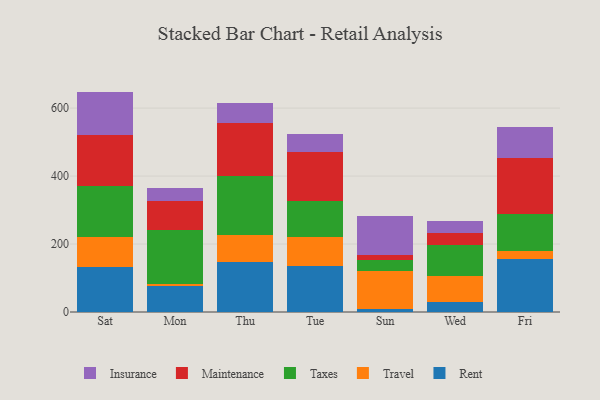
{"axis": {"x": "Day", "y": "Backlog"}, "legend": ["Insurance", "Maintenance", "Rent", "Taxes", "Travel"], "data": [{"x": "Sat", "y": 133.2, "type": "Rent"}, {"x": "Sat", "y": 88.0, "type": "Travel"}, {"x": "Sat", "y": 148.6, "type": "Taxes"}, {"x": "Sat", "y": 149.7, "type": "Maintenance"}, {"x": "Sat", "y": 129.0, "type": "Insurance"}, {"x": "Mon", "y": 76.8, "type": "Rent"}, {"x": "Mon", "y": 6.1, "type": "Travel"}, {"x": "Mon", "y": 159.7, "type": "Taxes"}, {"x": "Mon", "y": 84.2, "type": "Maintenance"}, {"x": "Mon", "y": 37.0, "type": "Insurance"}, {"x": "Thu", "y": 147.2, "type": "Rent"}, {"x": "Thu", "y": 80.0, "type": "Travel"}, {"x": "Thu", "y": 172.3, "type": "Taxes"}, {"x": "Thu", "y": 157.3, "type": "Maintenance"}, {"x": "Thu", "y": 57.6, "type": "Insurance"}, {"x": "Tue", "y": 136.0, "type": "Rent"}, {"x": "Tue", "y": 86.1, "type": "Travel"}, {"x": "Tue", "y": 103.3, "type": "Taxes"}, {"x": "Tue", "y": 144.1, "type": "Maintenance"}, {"x": "Tue", "y": 53.8, "type": "Insurance"}, {"x": "Sun", "y": 9.9, "type": "Rent"}, {"x": "Sun", "y": 111.9, "type": "Travel"}, {"x": "Sun", "y": 31.8, "type": "Taxes"}, {"x": "Sun", "y": 14.5, "type": "Maintenance"}, {"x": "Sun", "y": 114.2, "type": "Insurance"}, {"x": "Wed", "y": 30.5, "type": "Rent"}, {"x": "Wed", "y": 75.1, "type": "Travel"}, {"x": "Wed", "y": 91.1, "type": "Taxes"}, {"x": "Wed", "y": 36.9, "type": "Maintenance"}, {"x": "Wed", "y": 33.1, "type": "Insurance"}, {"x": "Fri", "y": 156.6, "type": "Rent"}, {"x": "Fri", "y": 21.9, "type": "Travel"}, {"x": "Fri", "y": 110.1, "type": "Taxes"}, {"x": "Fri", "y": 164.3, "type": "Maintenance"}, {"x": "Fri", "y": 92.3, "type": "Insurance"}]}